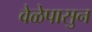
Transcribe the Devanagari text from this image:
वेळेपासुन